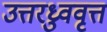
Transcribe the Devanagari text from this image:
उत्तरध्रुववृत्त